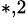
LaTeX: ^{*,2}